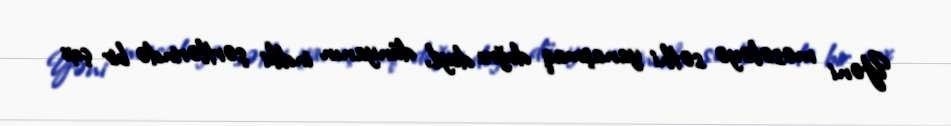
Yəni məsələyə səthi yanaşmaq doğru deyil, dünyanın indiki şərtlərində bir çox